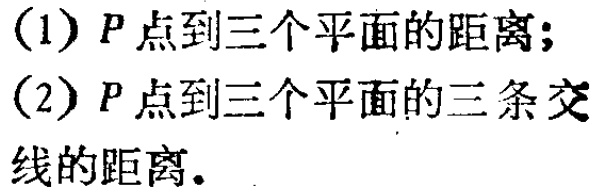
(1) \(P\)点到三个平面的距离；
(2) \(P\)点到三个平面的三条交线的距离。